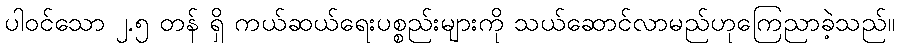
ပါဝင်သော ၂.၅ တန် ရှိ ကယ်ဆယ်ရေးပစ္စည်းများကို သယ်ဆောင်လာမည်ဟုကြေညာခဲ့သည်။